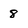
Character: 8